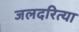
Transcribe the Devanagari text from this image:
जलदरित्या